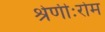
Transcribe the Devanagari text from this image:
श्रेणीःरोम